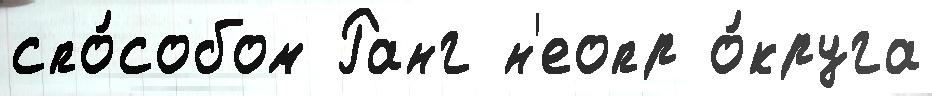
спо́собом Ранг н'еопр о́круга